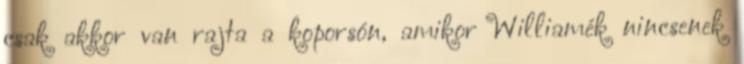
csak akkor van rajta a koporsón, amikor Williamék nincsenek